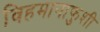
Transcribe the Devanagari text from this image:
विहमानाफुशी